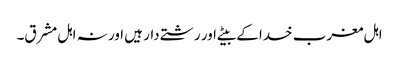
اہل مغرب خدا کے بیٹے اور رشتے دار ہیں اور نہ اہل مشرق۔